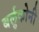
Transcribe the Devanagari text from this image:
बर्लुकोनी